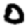
Digit: 0